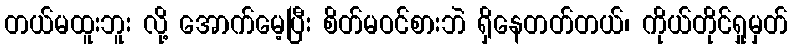
တယ်မထူးဘူး လို့ အောက်မေ့ပြီး စိတ်မဝင်စားဘဲ ရှိနေတတ်တယ်၊ ကိုယ်တိုင်ရှုမှတ်